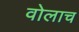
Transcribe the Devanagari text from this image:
वोलाच